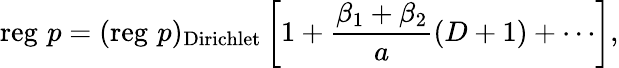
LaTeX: \mathrm{reg}\, \, p=(\mathrm{reg}\, \, p)_{\mathrm{Dirichlet}}\left[1+\frac{\beta_{1}+\beta_{2}}{a}(D+1)+\cdots\right],